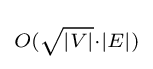
\scriptstyle O({\sqrt {|V|}}\cdot |E|)